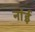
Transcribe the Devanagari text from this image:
नांई